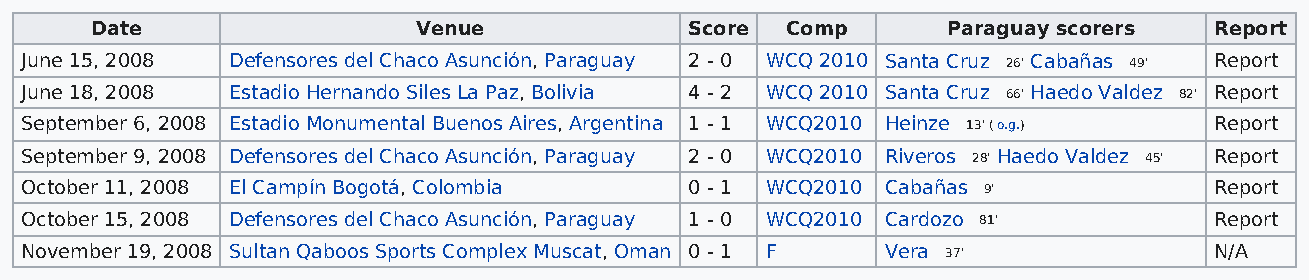
Date                  Venue             Score Comp       Paraguay scorers Report
 June 15, 2008 Defensores del Chaco Asunción, Paraguay 2 - 0 WCQ 2010 Santa Cruz 26' Cabañas 49' Report
 June 18, 2008 Estadio Hernando Siles La Paz, Bolivia 4 - 2 WCQ 2010 Santa Cruz 66' Haedo Valdez 82' Report
 September 6, 2008 Estadio Monumental Buenos Aires, Argentina 1 - 1 WCQ2010 Heinze 13' ( o.g.) Report
 September 9, 2008 Defensores del Chaco Asunción, Paraguay 2 - 0 WCQ2010 Riveros 28' Haedo Valdez 45' Report
 October 11, 2008 El Campín Bogotá, Colombia  0 - 1 WCQ2010 Cabañas 9'          Report
 October 15, 2008 Defensores del Chaco Asunción, Paraguay 1 - 0 WCQ2010 Cardozo 81' Report
 November 19, 2008 Sultan Qaboos Sports Complex Muscat, Oman 0 - 1 F Vera 37'   N/A